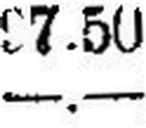
—.—